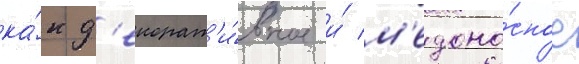
ка́к д'екорат'и́вное и́ м'едоно́сное